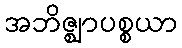
အဘိဇ္ဈာပစ္စယာ